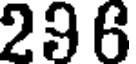
296